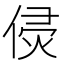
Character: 𠊸